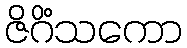
ဇိဂိံသကော